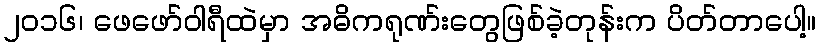
၂၀၁၆၊ ဖေဖော်ဝါရီထဲမှာ အဓိကရုဏ်းတွေဖြစ်ခဲ့တုန်းက ပိတ်တာပေါ့။